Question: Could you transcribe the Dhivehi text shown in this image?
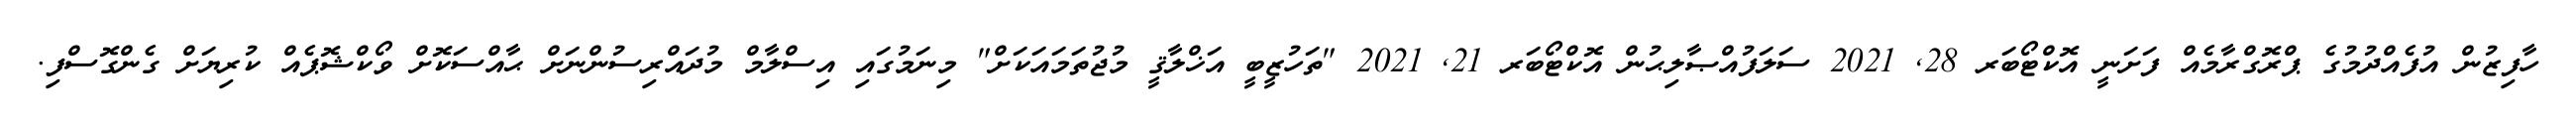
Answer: ހާފިޒުން އުފެއްދުމުގެ ޕްރޮގްރާމެއް ފަށަނީ އޮކްޓޯބަރ 28, 2021 ސަލަފުއްޞާލިޙުން އޮކްޓޯބަރ 21, 2021 "ތަހުޒީބީ އަޚްލާޤީ މުޖުތަމައަކަށް" މިނަމުގައި އިސްލާމް މުދައްރިސުންނަށް ޙާއްސަކޮށް ވޯކްޝޮޕެއް ކުރިޔަށް ގެންގޮސްފި.